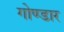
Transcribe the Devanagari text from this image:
गोण्डार